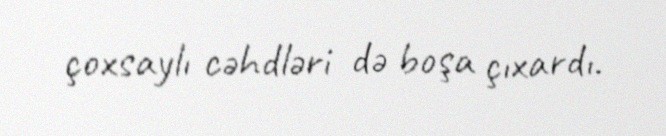
çoxsaylı cəhdləri də boşa çıxardı.